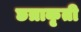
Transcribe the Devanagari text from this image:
छत्राकृती